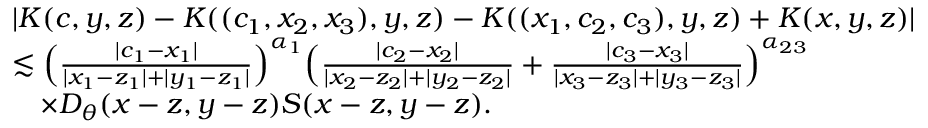
\begin{array} { r l } & { | K ( c , y , z ) - K ( ( c _ { 1 } , x _ { 2 } , x _ { 3 } ) , y , z ) - K ( ( x _ { 1 } , c _ { 2 } , c _ { 3 } ) , y , z ) + K ( x , y , z ) | } \\ & { \lesssim \Big ( \frac { | c _ { 1 } - x _ { 1 } | } { | x _ { 1 } - z _ { 1 } | + | y _ { 1 } - z _ { 1 } | } \Big ) ^ { \alpha _ { 1 } } \Big ( \frac { | c _ { 2 } - x _ { 2 } | } { | x _ { 2 } - z _ { 2 } | + | y _ { 2 } - z _ { 2 } | } + \frac { | c _ { 3 } - x _ { 3 } | } { | x _ { 3 } - z _ { 3 } | + | y _ { 3 } - z _ { 3 } | } \Big ) ^ { \alpha _ { 2 3 } } } \\ & { \quad \times D _ { \theta } ( x - z , y - z ) S ( x - z , y - z ) . } \end{array}